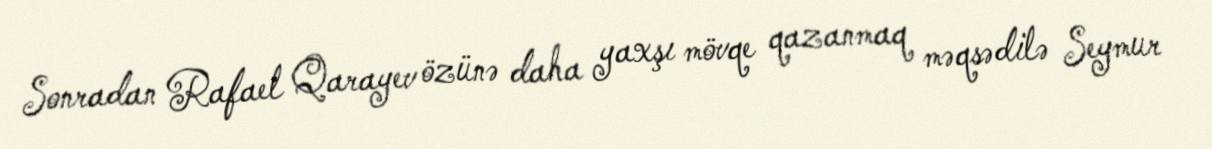
Sonradan Rafael Qarayev özünə daha yaxşı mövqe qazanmaq məqsədilə Seymur